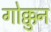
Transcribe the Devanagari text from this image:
गोक्कुन